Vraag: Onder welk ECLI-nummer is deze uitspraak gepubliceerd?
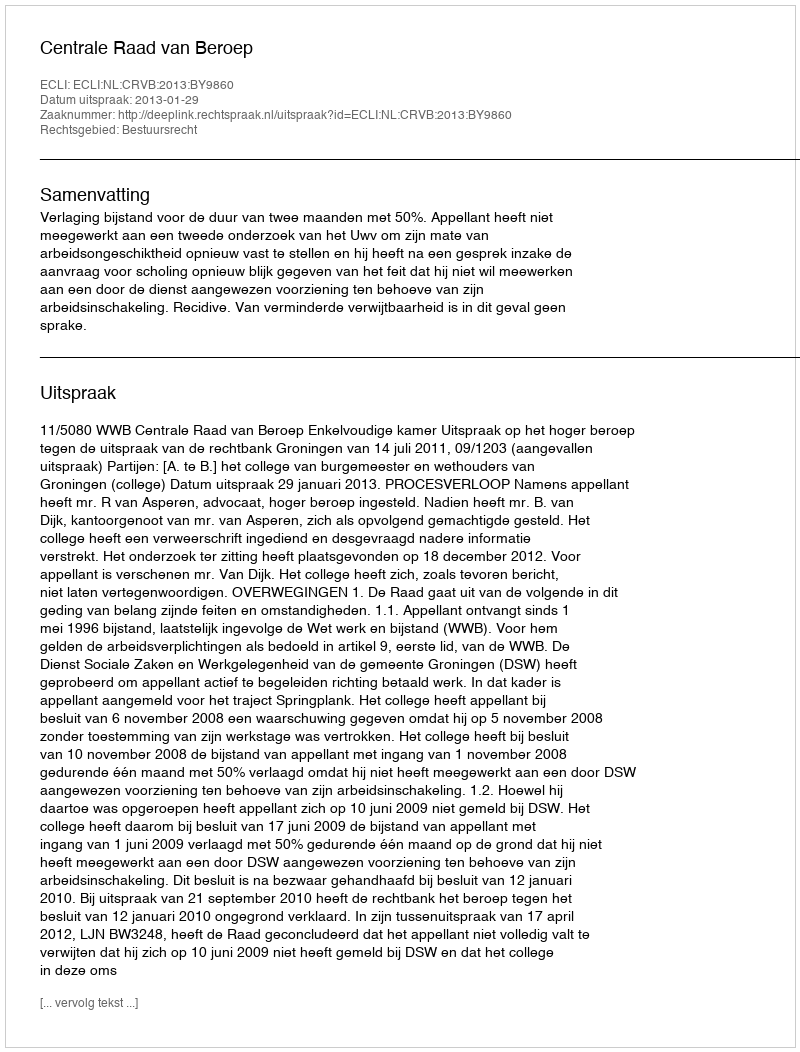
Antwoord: ECLI:NL:CRVB:2013:BY9860